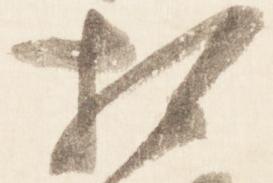
相